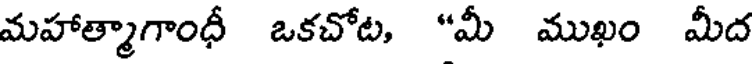
మహాత్మాగాంధీ ఒకచోట, "మీ ముఖం మీద